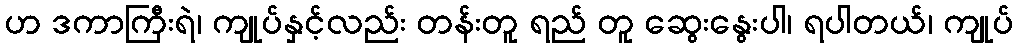
ဟ ဒကာကြီးရဲ၊ ကျုပ်နှင့်လည်း တန်းတူ ရည် တူ ဆွေးနွေးပါ၊ ရပါတယ်၊ ကျုပ်